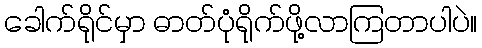
ခေါက်ရိုင်မှာ ဓာတ်ပုံရိုက်ဖို့လာကြတာပါပဲ။